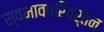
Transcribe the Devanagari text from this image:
स्वभावपरिवर्तन